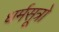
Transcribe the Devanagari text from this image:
धर्मसूत्रो